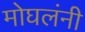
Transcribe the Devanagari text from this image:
मोघलंनी